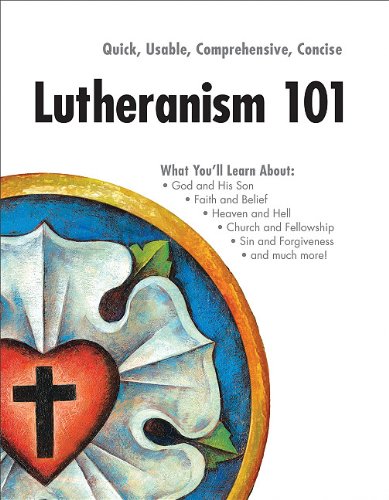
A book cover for Lutheranism 101; Concordia Publishing House; Christian Books & Bibles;